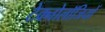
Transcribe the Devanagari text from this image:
टेक्नोलॉजियों